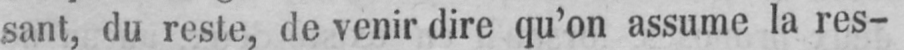
sant, du reste, de venir dire qu’on assume la res-